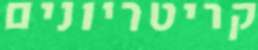
קריטריונים